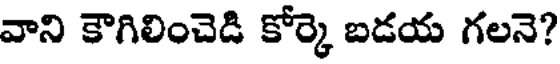
వాని కౌగిలించెడి కోర్కె బడయ గలనె?